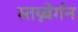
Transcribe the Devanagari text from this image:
स्तय्न्बेर्गन